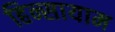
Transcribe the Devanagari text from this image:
हिन्सायाम